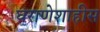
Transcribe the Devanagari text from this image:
घराणेशाहीस